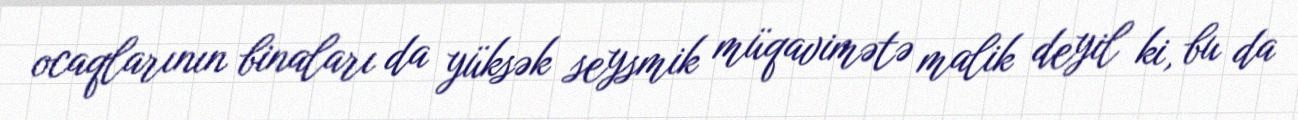
ocaqlarının binaları da yüksək seysmik müqavimətə malik deyil ki, bu da